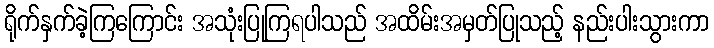
ရိုက်နှက်ခဲ့ကြကြောင်း အသုံးပြုကြရပါသည် အထိမ်းအမှတ်ပြုသည့် နည်းပါးသွားကာ